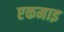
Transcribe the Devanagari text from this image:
एकमाइ